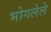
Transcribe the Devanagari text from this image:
भोगलेले